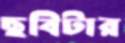
ছবিটার